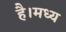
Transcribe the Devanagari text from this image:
है।मध्य